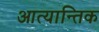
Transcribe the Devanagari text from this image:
आत्यान्तिक